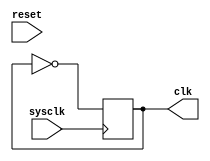
// clkGenerator.v

// CPU clk generator
module clkGenerator (sysclk,reset,clk);
input sysclk,reset;
output reg clk;
// integer counter;

initial begin
    clk <= 0;
end

always @(posedge sysclk) begin
            clk <= ~clk;
end
endmodule